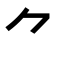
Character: ⺈